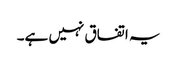
یہ اتفاق نہیں ہے۔